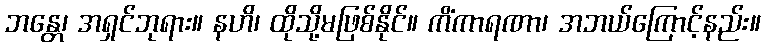
ဘန္တေ၊ အရှင်ဘုရား။ နဟိ၊ ထိုသို့မဖြစ်နိုင်။ ကိံကာရဏာ၊ အဘယ်ကြောင့်နည်း။